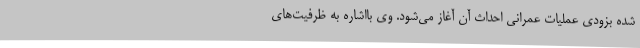
شده بزودی عملیات عمرانی احداث آن آغاز می‌شود. وی بااشاره به ظرفیت‌های